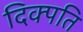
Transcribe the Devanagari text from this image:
दिक्पति